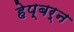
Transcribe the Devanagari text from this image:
हेप्बर्न